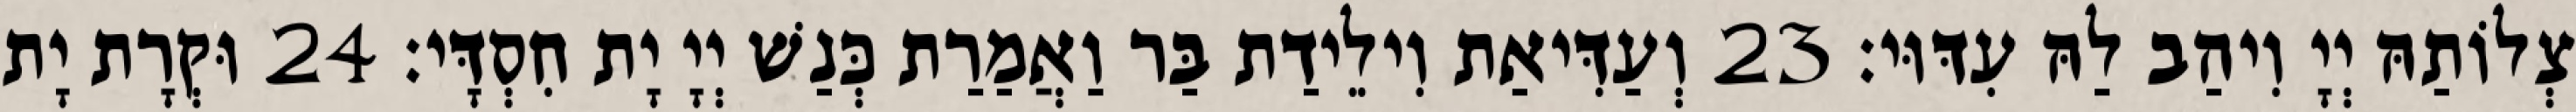
צְלוֹתַהּ יְיָ וִיהַב לַהּ עִדּוּי׃ 23 וְעַדִּיאַת וִילֵידַת בַּר וַאֲמַרַת כְּנַשׁ יְיָ יָת חִסְדָּי׃ 24 וּקְרָת יָת